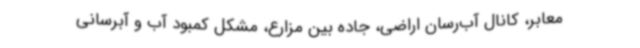
معابر، کانال آب‌رسان اراضی، جاده بین مزارع، مشکل کمبود آب و آبرسانی